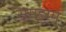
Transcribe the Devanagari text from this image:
समझमे